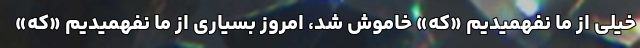
خیلی از ما نفهمیدیم «که» خاموش شد، امروز بسیاری از ما نفهمیدیم «که»